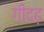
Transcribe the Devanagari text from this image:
गीदढ़